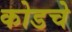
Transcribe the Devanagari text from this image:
कोडचे